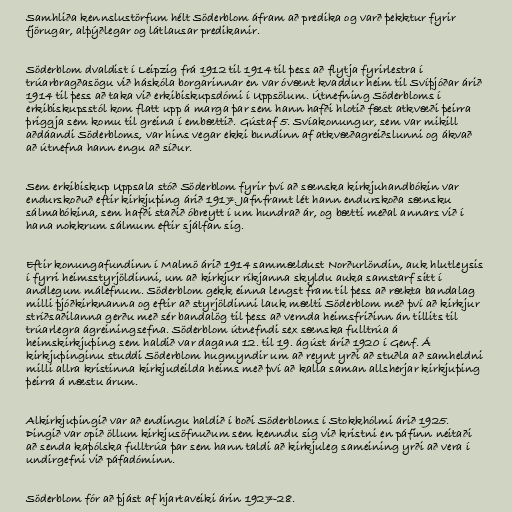
Samhliða kennslustörfum hélt Söderblom áfram að predika og varð þekktur fyrir
fjörugar, alþýðlegar og látlausar predikanir.

Söderblom dvaldist í Leipzig frá 1912 til 1914 til þess að flytja fyrirlestra í
trúarbragðasögu við háskóla borgarinnar en var óvænt kvaddur heim til Svíþjóðar árið
1914 til þess að taka við erkibiskupsdómi í Uppsölum. Útnefning Söderbloms í
erkibiskupsstól kom flatt upp á marga þar sem hann hafði hlotið fæst atkvæði þeirra
þriggja sem komu til greina í embættið. Gústaf 5. Svíakonungur, sem var mikill
aðdáandi Söderbloms, var hins vegar ekki bundinn af atkvæðagreiðslunni og ákvað
að útnefna hann engu að síður.

Sem erkibiskup Uppsala stóð Söderblom fyrir því að sænska kirkjuhandbókin var
endurskoðuð eftir kirkjuþing árið 1917. Jafnframt lét hann endurskoða sænsku
sálmabókina, sem hafði staðið óbreytt í um hundrað ár, og bætti meðal annars við í
hana nokkrum sálmum eftir sjálfan sig.

Eftir konungafundinn í Malmö árið 1914 sammældust Norðurlöndin, auk hlutleysis
í fyrri heimsstyrjöldinni, um að kirkjur ríkjanna skyldu auka samstarf sitt í
andlegum málefnum. Söderblom gekk einna lengst fram til þess að rækta bandalag
milli þjóðkirknanna og eftir að styrjöldinni lauk mælti Söderblom með því að kirkjur
stríðsaðilanna gerðu með sér bandalög til þess að vernda heimsfriðinn án tillits til
trúarlegra ágreiningsefna. Söderblom útnefndi sex sænska fulltrúa á
heimskirkjuþing sem haldið var dagana 12. til 19. ágúst árið 1920 í Genf. Á
kirkjuþinginu studdi Söderblom hugmyndir um að reynt yrði að stuðla að samheldni
milli allra kristinna kirkjudeilda heims með því að kalla saman allsherjar kirkjuþing
þeirra á næstu árum.

Alkirkjuþingið var að endingu haldið í boði Söderbloms í Stokkhólmi árið 1925.
Þingið var opið öllum kirkjusöfnuðum sem kenndu sig við kristni en páfinn neitaði
að senda kaþólska fulltrúa þar sem hann taldi að kirkjuleg sameining yrði að vera í
undirgefni við páfadóminn.

Söderblom fór að þjást af hjartaveiki árin 1927-28.